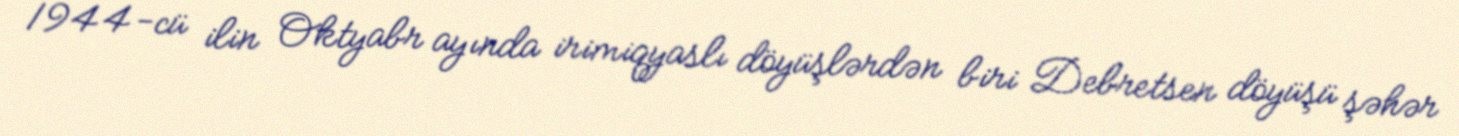
1944-cü ilin Oktyabr ayında irimiqyaslı döyüşlərdən biri Debretsen döyüşü şəhər